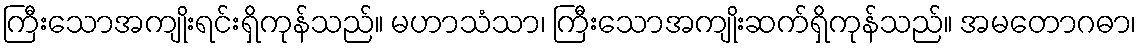
ကြီးသောအကျိုးရင်းရှိကုန်သည်။ မဟာသံသာ၊ ကြီးသောအကျိုးဆက်ရှိကုန်သည်။ အမတောဂဓာ၊